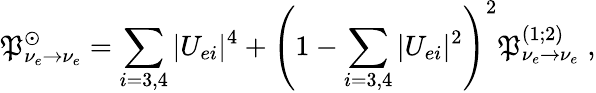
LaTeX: \mathfrak{P}_{\nu_{e}\rightarrow\nu_{e}}^{\odot}=\sum_{i=3,4}|U_{ei}|^{4}+\left(1-\sum_{i=3,4}|U_{ei}|^{2}\right)^{2}\mathfrak{P}_{\nu_{e}\rightarrow\nu_{e}}^{(1;2)}\; ,